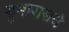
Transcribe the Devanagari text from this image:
सुमारासचे